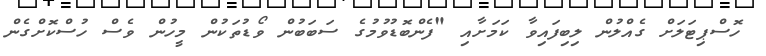
ހޮސްޕިޓަލަށް ގެއްލުން ލިބިފައިވާ ކަމަށާއި "ފެންބޮޑުވުމުގެ ސަބަބުން ވޯޑުތަކުން މީހުން ވެސް ހުސްކޮށްގެން